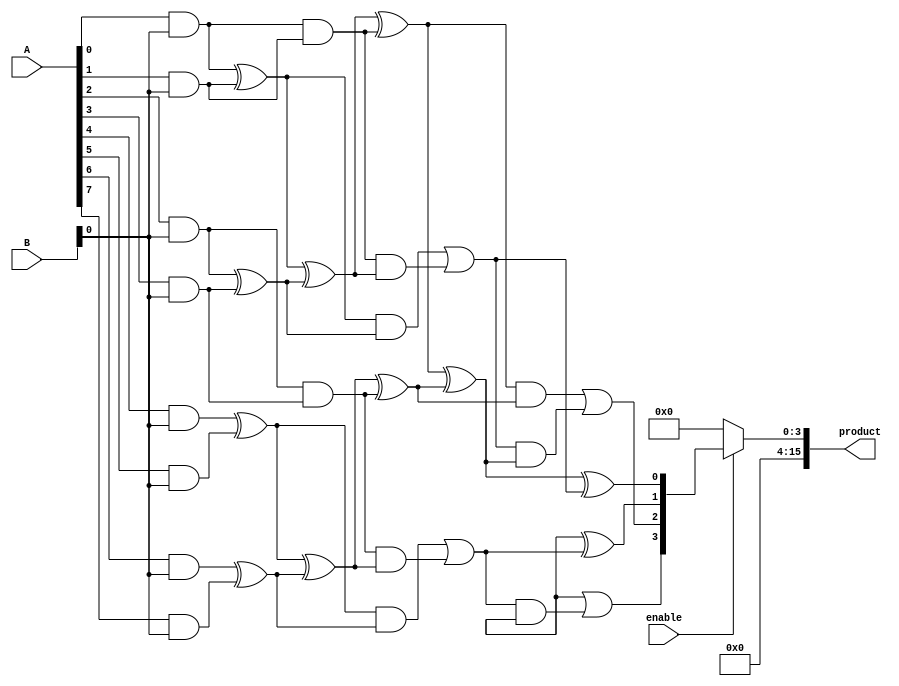
module WallaceTreeMultiplier #(parameter N = 8) (
    input wire [N-1:0] A,
    input wire [N-1:0] B,
    input wire enable,
    output reg [2*N-1:0] product
);

    // Internal signals
    wire [N-1:0] partial_products[N-1:0];
    wire [N-1:0] sum_stage1[N/2-1:0];
    wire [N/2-1:0] carry_stage1;
    wire [N/2-1:0] sum_stage2[N/4-1:0];
    wire [N/4-1:0] carry_stage2;
    wire [N/4-1:0] sum_final;
    wire [N/4-1:0] carry_final;

    // Generate partial products
    genvar i, j;
    generate
        for (i = 0; i < N; i = i + 1) begin : PP_GEN
            for (j = 0; j < N; j = j + 1) begin : PP_GEN_INNER
                assign partial_products[i][j] = A[i] & B[j];
            end
        end
    endgenerate

    // Stage 1 Reduction
    generate
        for (i = 0; i < N/2; i = i + 1) begin : REDUCE_STAGE1
            if (i < N/2) begin
                wire a, b, c;
                assign a = partial_products[2*i];
                assign b = partial_products[2*i + 1];
                assign sum_stage1[i] = a ^ b;
                assign carry_stage1[i] = a & b;
            end
        end
    endgenerate

    // Stage 2 Reduction
    generate
        for (i = 0; i < N/4; i = i + 1) begin : REDUCE_STAGE2
            if (i < N/4) begin
                wire a, b, c;
                assign a = sum_stage1[2*i];
                assign b = sum_stage1[2*i + 1];
                assign c = carry_stage1[i];
                assign sum_stage2[i] = a ^ b ^ c;
                assign carry_stage2[i] = (a & b) | (c & (a ^ b));
            end
        end
    endgenerate

    // Final Addition
    generate
        for (i = 0; i < N/4; i = i + 1) begin : FINAL_ADDITION
            if (i < N/4) begin
                wire a, b, c;
                assign a = sum_stage2[2*i];
                assign b = sum_stage2[2*i + 1];
                assign c = carry_stage2[i];
                assign sum_final[i] = a ^ b ^ c;
                assign carry_final[i] = (a & b) | (c & (a ^ b));
            end
        end
    endgenerate

    // Final product calculation
    always @(*) begin
        if (enable) begin
            product = {carry_final, sum_final}; // Concatenate carry and sum for final product
        end else begin
            product = 0; // Disable output
        end
    end

endmodule